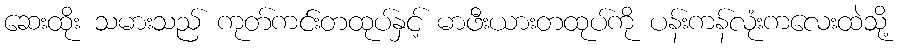
ဆေးထိုး သမားသည် ကုတ်ကင်းတထုပ်နှင့် မာဖီးယားတထုပ်ကို ပန်းကန်လုံးကလေးထဲသို့